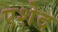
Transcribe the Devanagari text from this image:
एशेद